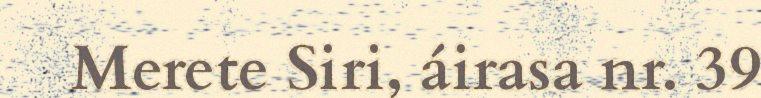
Merete Siri, áirasa nr. 39